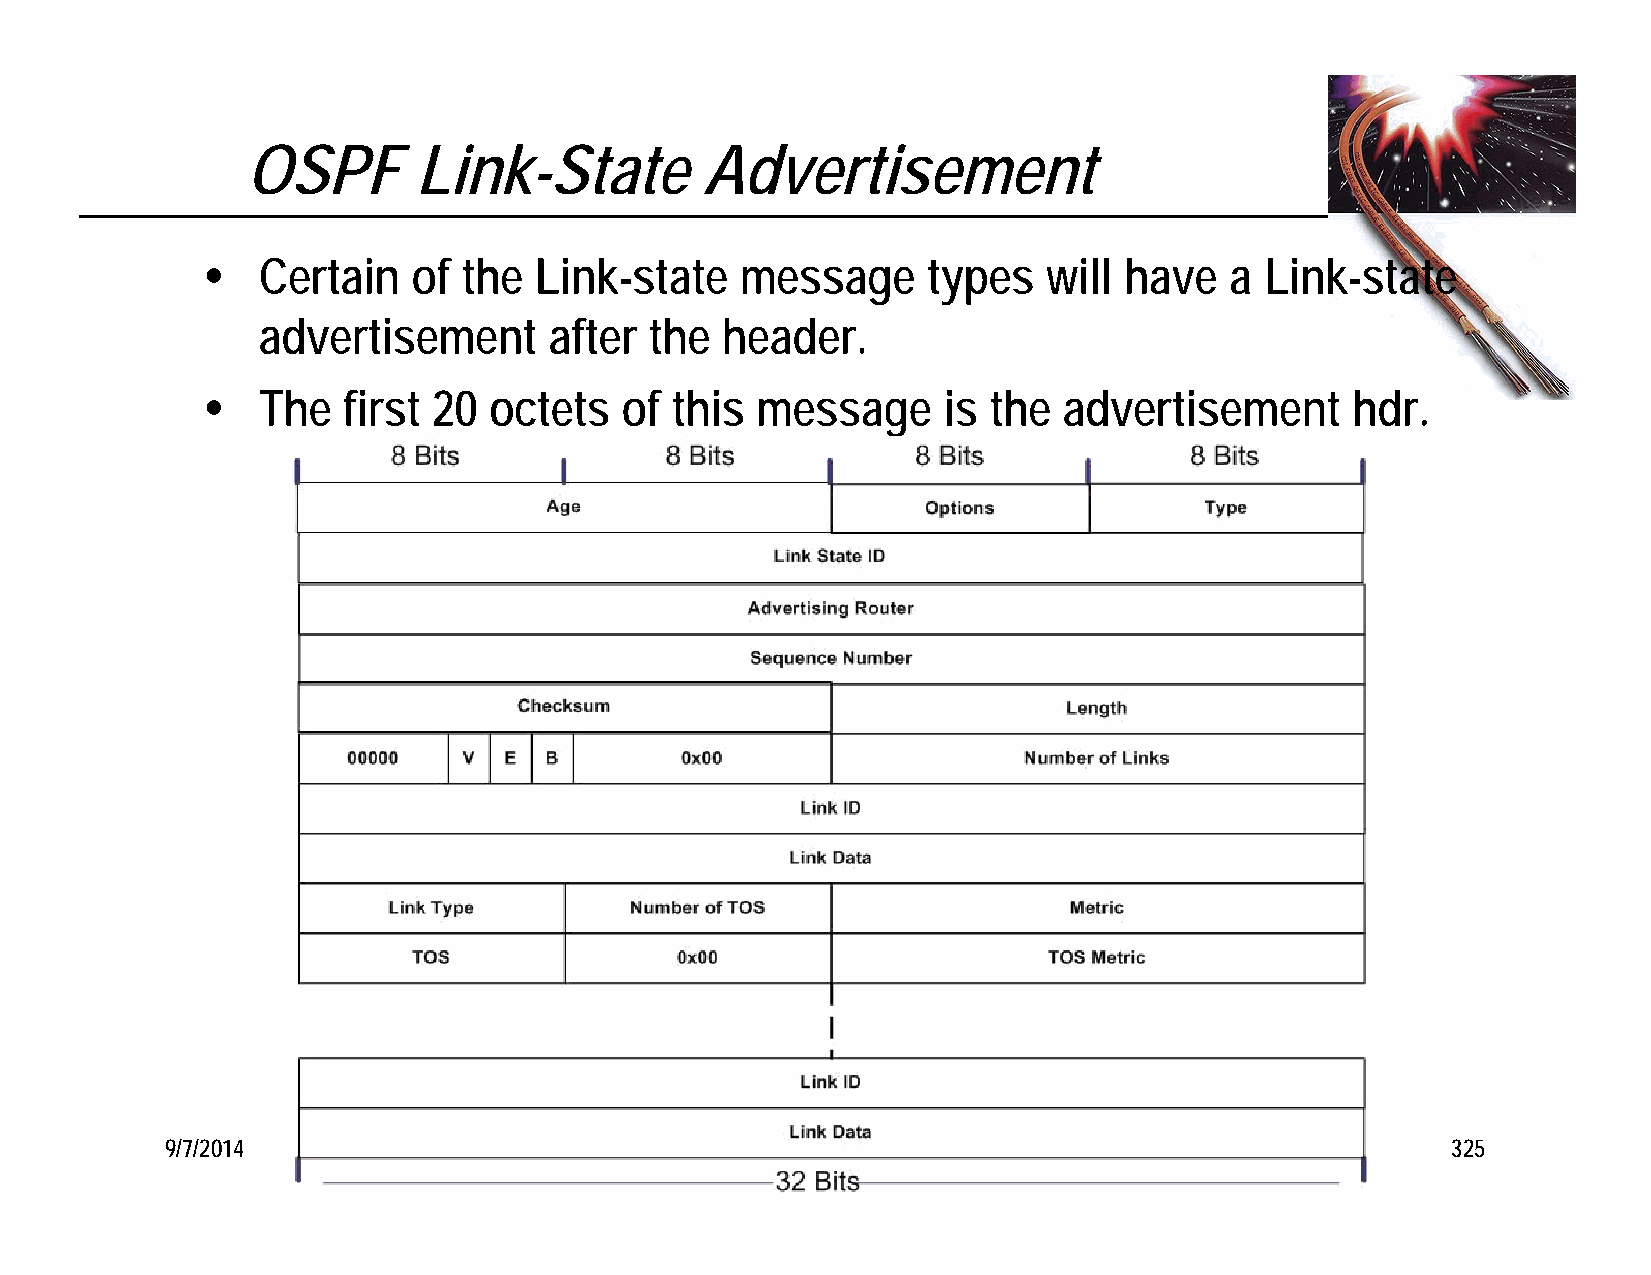
OSPF       Link-State          Advertisement
    Certain   of  the Link-state    message     types   will have   a  Link-state
 advertisement      after  the  header.
    The   first 20 octets   of this  message     is the  advertisement      hdr.
 9/7/2014             P. Michael Henderson, mike@michael-henderson.us copyright 2014  325